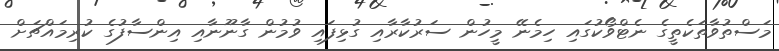
މަސްތުވާތަކެތީގެ ނެޓްވޯކުގައި ހިމެނޭ މީހުން ސަރުކާރާއި ގުޅިފައި ވުމުން ގާނޫނާއި އިންސާފުގެ ކުރިމައްޗަށް